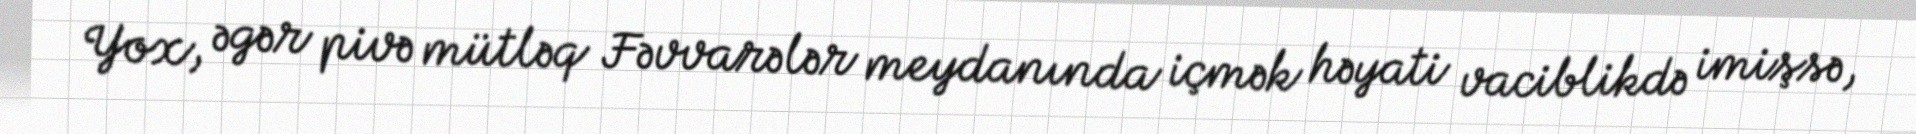
Yox, əgər pivə mütləq Fəvvarələr meydanında içmək həyati vaciblikdə imişsə,